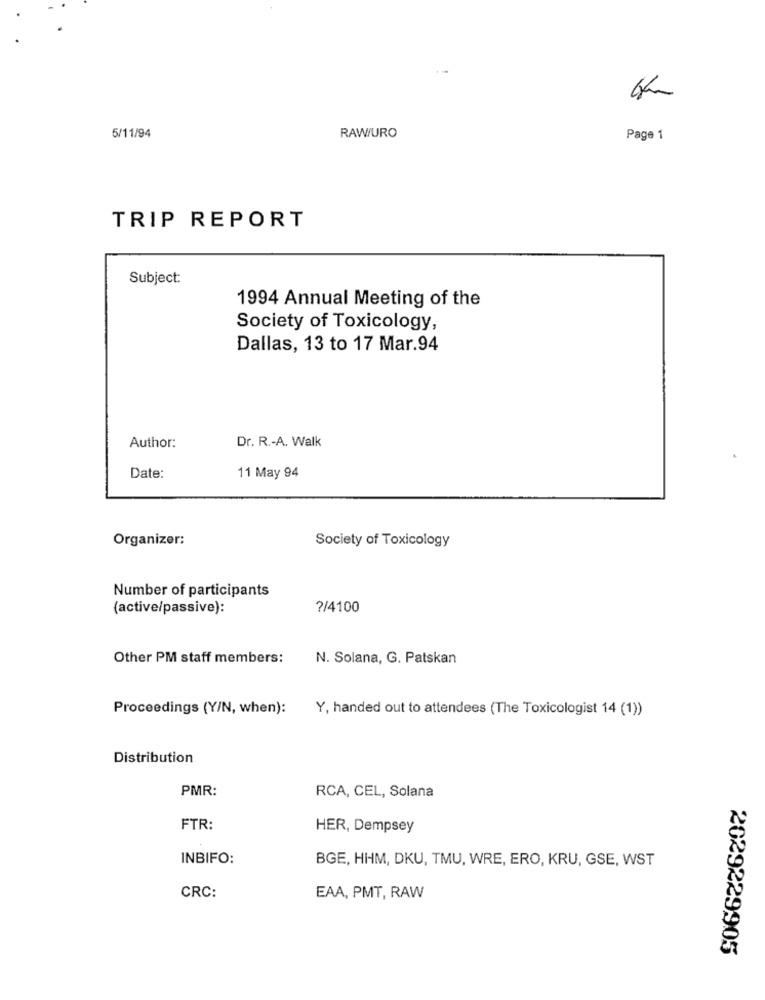
5/11/94
RAW/URO
Page 1
TRIP REPORT
Subject:
1994 Annual Meeting of the
Society of Toxicology,
Dallas, 13 to 17 Mar.94
Dr. R .- A. Walk
Author:
Date:
11 May 94
Organizer:
Society of Toxicology
Number of participants
(active/passive):
?/4100
Other PM staff members:
N. Solana, G. Patskan
Proceedings (Y/N, when):
Y, handed out to attendees (The Toxicologist 14 (1))
Distribution
PMR:
RCA, CEL, Solana
FTR:
HER, Dempsey
INBIFO:
BGE, HHM, DKU, TMU, WRE, ERO, KRU, GSE, WST
CRC:
EAA, PMT, RAW
2029229905